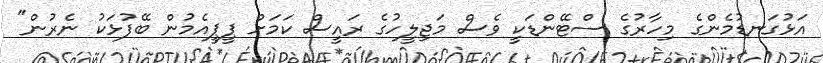
އަޅުގަނޑުމެންގެ މިހާރުގެ ސްޓޭންޑަކީ ވެސް މަޖިލީހުގެ ރައީސް ކަމަށް ޕީޕީއެމުން ބޭފުޅަކު ނެރުން"